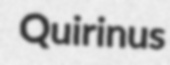
Quirinus